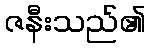
ဇနီးသည်၏